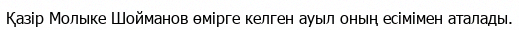
Қазір Молыке Шойманов өмірге келген ауыл оның есімімен аталады.